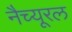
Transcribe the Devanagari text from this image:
नैच्यूरल